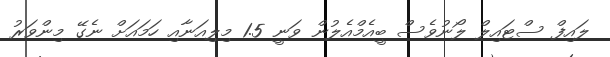
ލައިފް ސްޓައިލް ލޯނުވެސް ބީއެމްއެލުން ވަނީ 1.5 މިލިއަނާއި ހަމައަށް ނެގޭ މިންވަރު